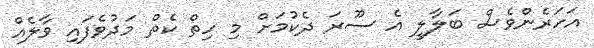
އަހަރެންވެސް ބަލާލީ އެ ސޫރަ ދެކުމަށް މި ހިތް ކެތް މަދުވެފައި ވާލެއް